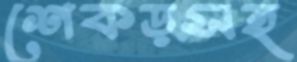
শেকড়সহ